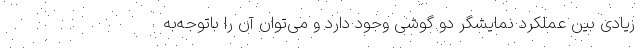
زیادی بین عملکرد نمایشگر دو گوشی وجود دارد و می‌توان آن را باتوجه‌به